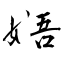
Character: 娪